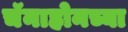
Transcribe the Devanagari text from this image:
चॅनाहोनच्या